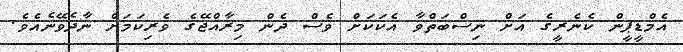
އެމްޑީޕީން ކެނެރީގެ އަށް ނިސްބަތްވާ އެކަކަށް ވެސް ދެން މިރާއްޖޭގެ ވެރިކަމަށް ނާދެވޭނެއެވެ.